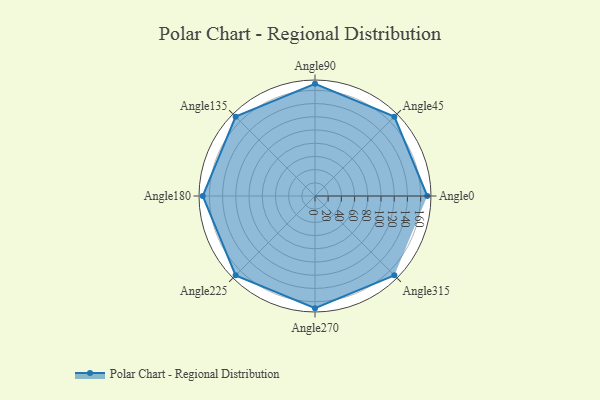
{"axis": {"x": "Angle", "y": "Radius"}, "legend": [""], "data": [{"x": "Angle0", "y": 170, "type": ""}, {"x": "Angle45", "y": 170, "type": ""}, {"x": "Angle90", "y": 170, "type": ""}, {"x": "Angle135", "y": 170, "type": ""}, {"x": "Angle180", "y": 170, "type": ""}, {"x": "Angle225", "y": 170, "type": ""}, {"x": "Angle270", "y": 170, "type": ""}, {"x": "Angle315", "y": 170, "type": ""}]}